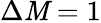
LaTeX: \Delta\mathit{M}=1